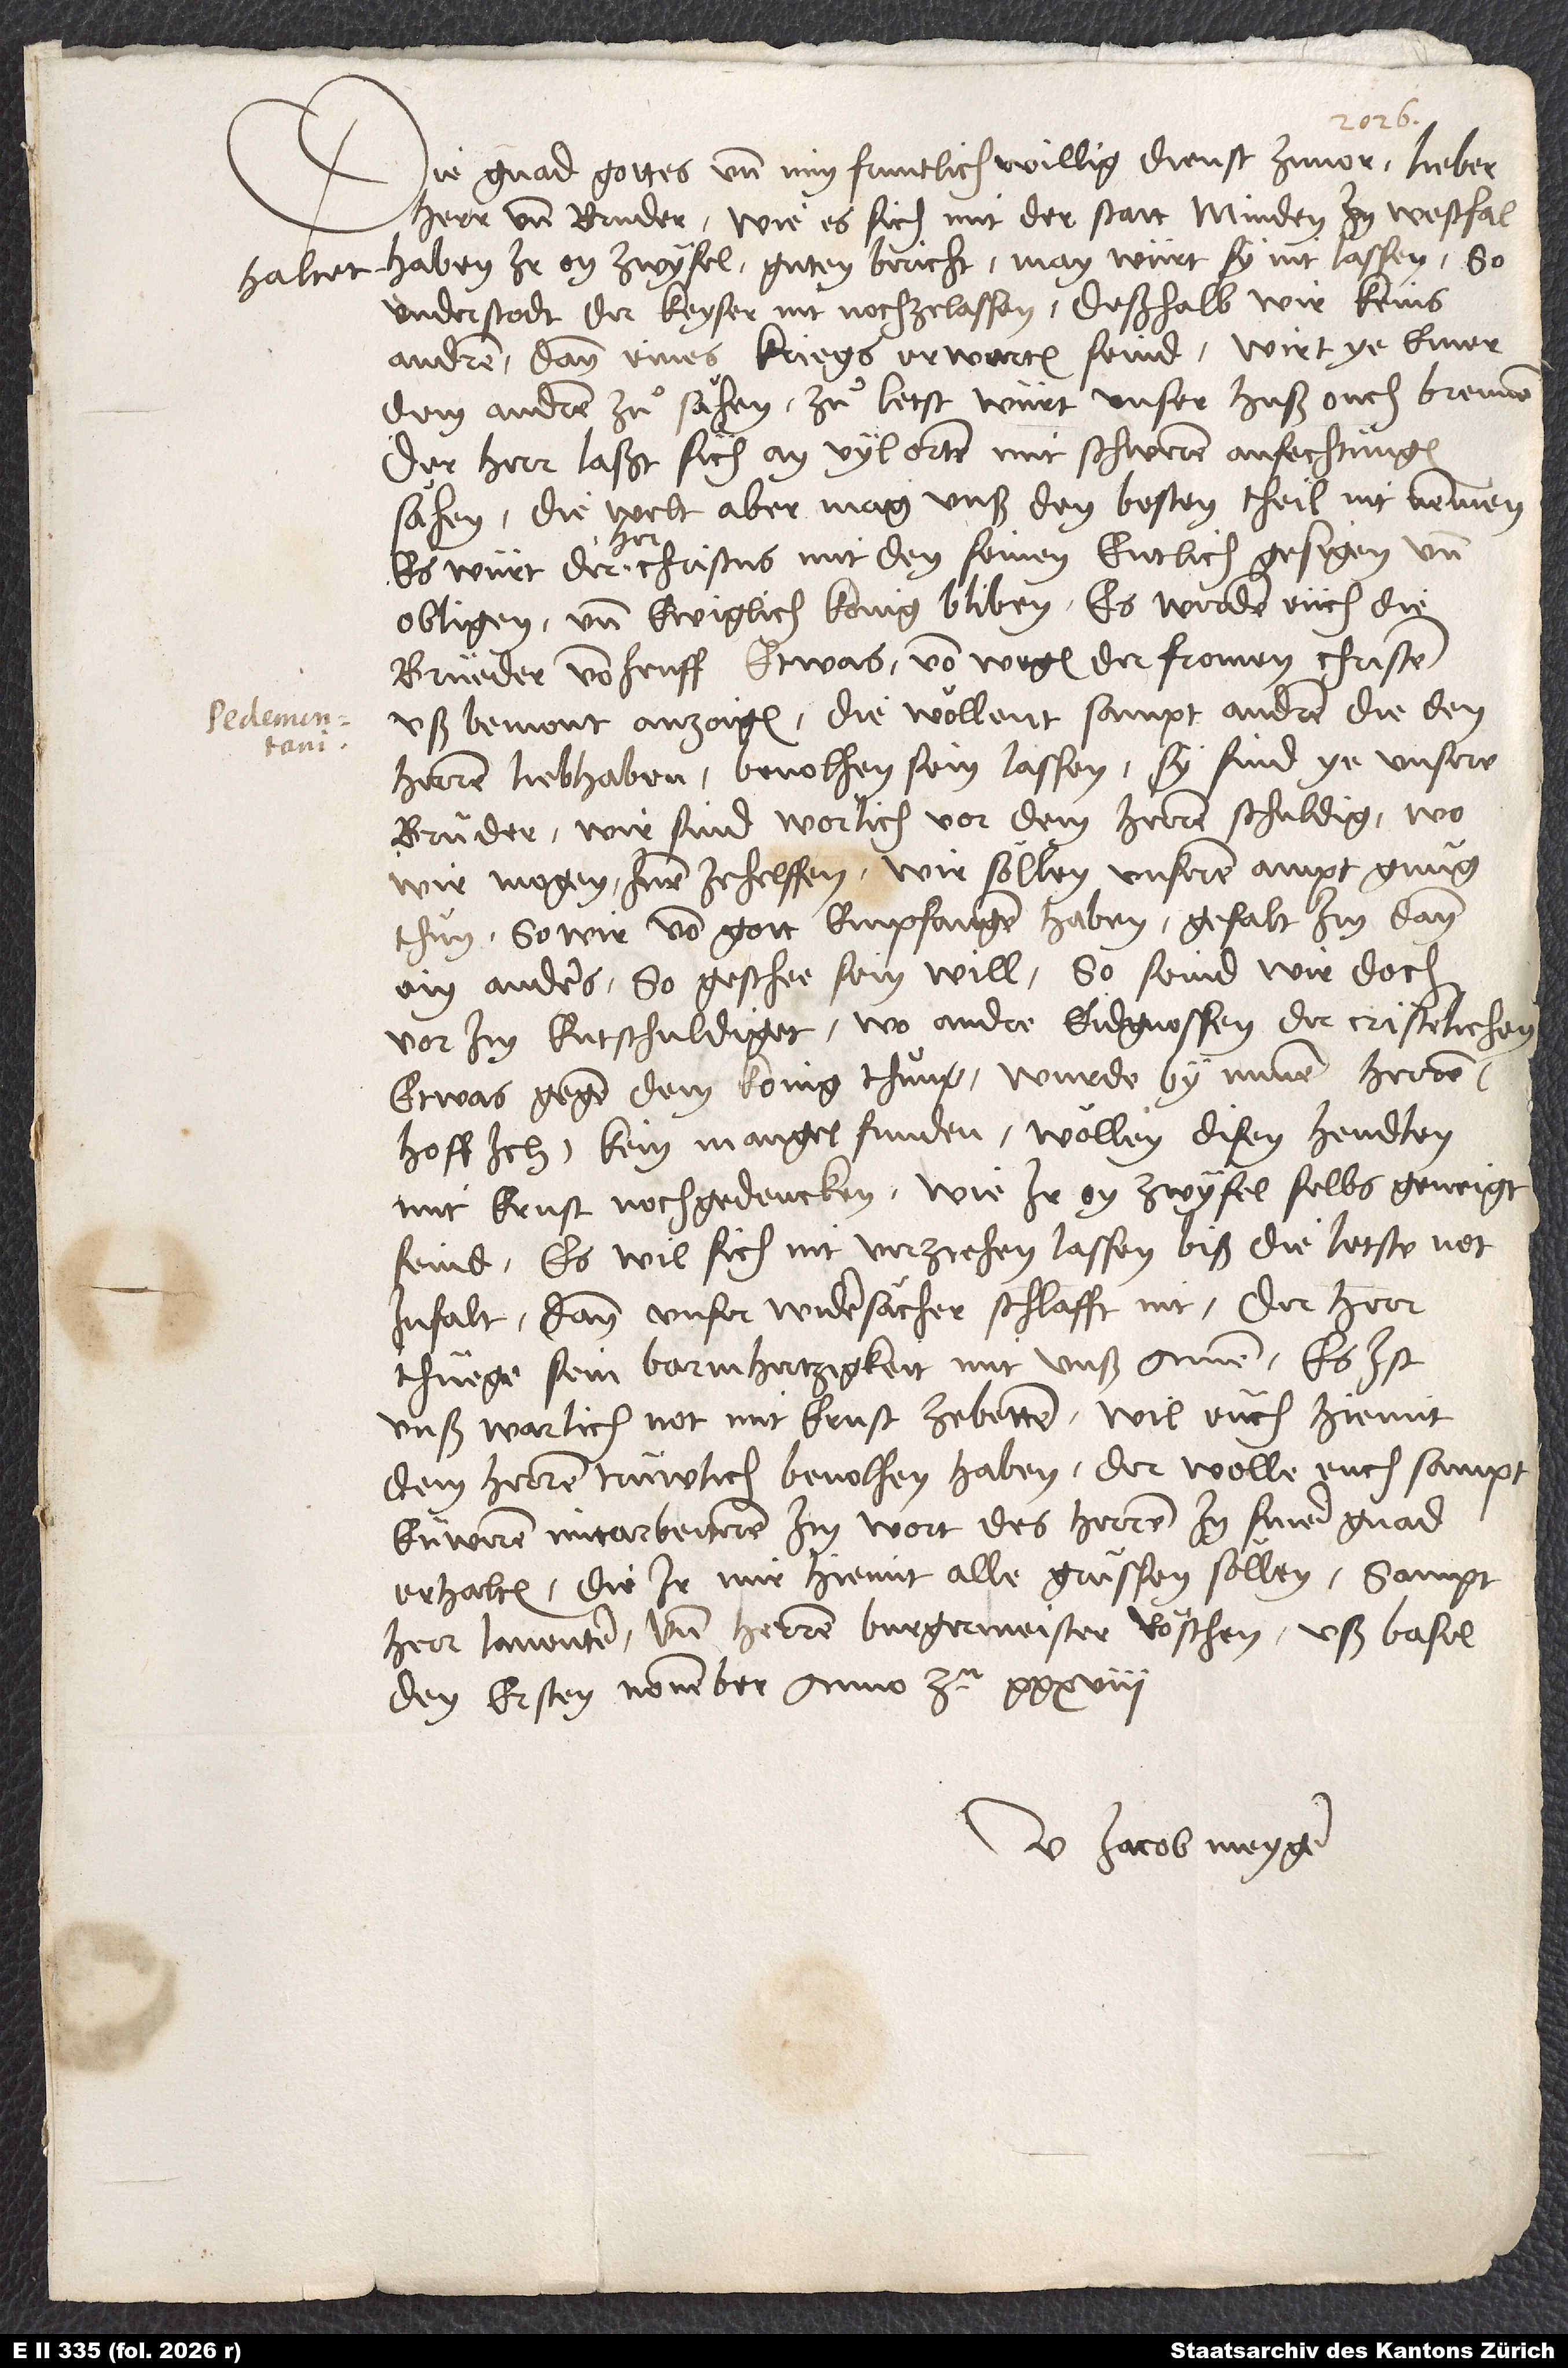
Die gnad gottes und min fruntlich, willig dienst zuvor, lieber
herr und bruder. Wie es sich mit der statt Minden in Westfal
haltet, haben ir on zwyfel guten bericht. Man würt sy nit lassen. So
understodt der keyser, nit nochzelassen. Deßhalb wir keins
andren dann eines kriegs erwarten seind. Wirt ye einer
dem andren zuͦsähen; zuͦletst würt unser huß ouch brennen.
Der herr laßt sich an vyl orten mit schweren anfechtungen
sähen; die welt aber mag unß den besten theil nit nemmen.
Es würt der her Christus mit den seinen entlich gesigen und
obligen und ewiglich konig bliben. Es werden euch die
brüeder von Jenff etwas von wegen der fromen christen
uß Bemont anzoigen. Die wöllent sampt andren, die den
herren liebhaben, bevolhen sein lassen. Sy sind ye unsere
brüder. Wir sind worlich vor dem herren schuldig, wo
wir mogen, inen ze helffen. Wir söllen unserem ampt gnuͦg
thuͦn, so wir von gott empfangen haben. Gefalt im dann
ein anders, so geschee sein will; so seind wir doch
vor im entschuldiget. Wo andre Eidgnossen der cristenlichen
etwas gegen dem konig thuͦn, wurde by minen herren
(hoff ich) kein mangel funden. Wöllen disen hendlen
mit ernst nochgedencken, wie ir on zwyfel selbs geneigt
seind. Es will sich nit verziehen lassen, biß die letste not
infalt. Dann unser widersächer schlafft nit. Der herr
thüege sein barmhertzigkeit mit uns. Amen. Es ist
unß warlich not, mit ernst ze betten. Wil euch hiemit
dem herren trüwlich bevolhen haben. Der wolle euch sampt
euweren mitarbeiteren im wort des herren in siner gnad
erhalten, die ir mir hiemit alle grüssen söllen, sampt
herr Laventer und herren burgermeister Röschen. Uß Basel,
den ersten november anno etc.
U Jacob Meyger.